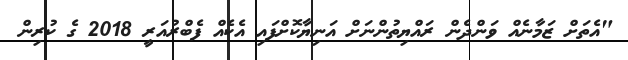
"އެތަށް ޒަމާނެއް ވަންދެން ރައްޔިތުންނަށް އަނިޔާކޮށްފައި އެކެއް ފެބްރުއަރީ 2018 ގެ ކުރިން